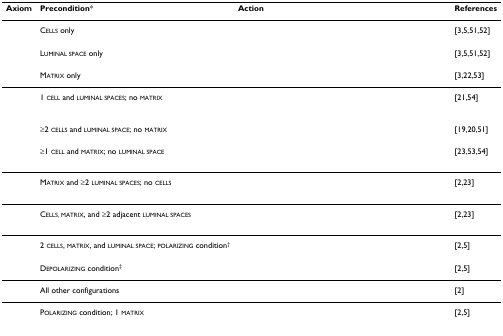
<table><thead><tr><td><b>Axiom</b></td><td><b>Precondition*</b></td><td><b>Action</b></td><td><b>References</b></td></tr></thead><tbody><tr><td>[EMPTY_CELL]</td><td>CELLS only</td><td>[EMPTY_CELL]</td><td>[3,5,51,52]</td></tr><tr><td>[EMPTY_CELL]</td><td>LUMINAL SPACE only</td><td>[EMPTY_CELL]</td><td>[3,5,51,52]</td></tr><tr><td>[EMPTY_CELL]</td><td>MATRIX only</td><td>[EMPTY_CELL]</td><td>[3,22,53]</td></tr><tr><td>[EMPTY_CELL]</td><td>1 CELL and LUMINAL SPACES; no MATRIX</td><td>[EMPTY_CELL]</td><td>[21,54]</td></tr><tr><td>[EMPTY_CELL]</td><td>≥2 CELLS and LUMINAL SPACE; no MATRIX</td><td>[EMPTY_CELL]</td><td>[19,20,51]</td></tr><tr><td>[EMPTY_CELL]</td><td>≥1 CELL and MATRIX; no LUMINAL SPACE</td><td>[EMPTY_CELL]</td><td>[23,53,54]</td></tr><tr><td>[EMPTY_CELL]</td><td>MATRIX and ≥2 LUMINAL SPACES; no CELLS</td><td>[EMPTY_CELL]</td><td>[2,23]</td></tr><tr><td>[EMPTY_CELL]</td><td>CELLS, MATRIX, and ≥2 adjacent LUMINAL SPACES</td><td>[EMPTY_CELL]</td><td>[2,23]</td></tr><tr><td>[EMPTY_CELL]</td><td>2 CELLS, MATRIX, and LUMINAL SPACE; POLARIZING condition<sup>†</sup></td><td>[EMPTY_CELL]</td><td>[2,5]</td></tr><tr><td>[EMPTY_CELL]</td><td>DEPOLARIZING condition<sup>‡</sup></td><td>[EMPTY_CELL]</td><td>[2,5]</td></tr><tr><td>[EMPTY_CELL]</td><td>All other configurations</td><td>[EMPTY_CELL]</td><td>[2]</td></tr><tr><td>[EMPTY_CELL]</td><td>POLARIZING condition; 1 MATRIX</td><td>[EMPTY_CELL]</td><td>[2,5]</td></tr></tbody></table>